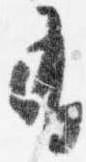
有